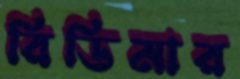
রিডিমার